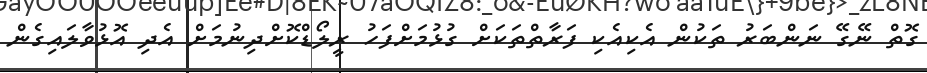
ގޮތް ނޭގޭ ނަންބަރު ތަކުން އެކިއެކި ފަރާތްތަކަށް ގުޅުމަށްފަހު ރީލޯޑްކޮށްދިނުމަށް އެދި އޮޅުވާލައިގެން